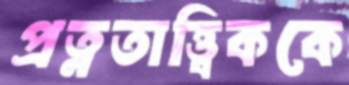
প্রত্নতাত্ত্বিককে